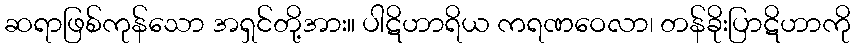
ဆရာဖြစ်ကုန်သော အရှင်တို့အား။ ပါဋိဟာရိယ ကရဏဝေလာ၊ တန်ခိုးပြာဋိဟာကို